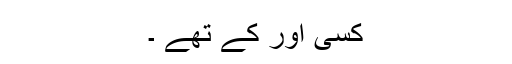
کسی اور کے تھے ۔